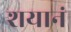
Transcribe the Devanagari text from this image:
शयानं